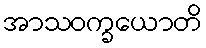
အာသဝက္ခယောတိ